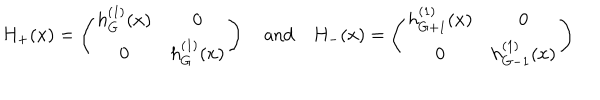
LaTeX: H _ { + } ( x ) = \left( \begin{matrix} { { h _ { G } ^ { ( 1 ) } ( x ) } } & { { 0 } } \\ { { 0 } } & { { h _ { G } ^ { ( 1 ) } ( x ) } } \\ \end{matrix} \right) \quad \mathrm { a n d } \quad H _ { - } ( x ) = \left( \begin{matrix} { { h _ { G + 1 } ^ { ( 1 ) } ( x ) } } & { { 0 } } \\ { { 0 } } & { { h _ { G - 1 } ^ { ( 1 ) } ( x ) } } \\ \end{matrix} \right)